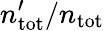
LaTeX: n_{\mathrm{tot}}^{\prime}/n_{\mathrm{tot}}